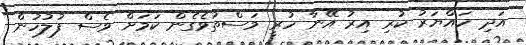
އަދި ހައްޔަރު ކުރި އިރު އޭނާ ހުރީ މަސްތުވެގެން ކަމަށް ވެސް ފުލުހުން